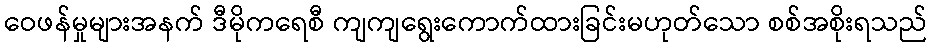
ဝေဖန်မှုများအနက် ဒီမိုကရေစီ ကျကျရွေးကောက်ထားခြင်းမဟုတ်သော စစ်အစိုးရသည်